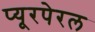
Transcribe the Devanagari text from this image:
प्यूरपेरल